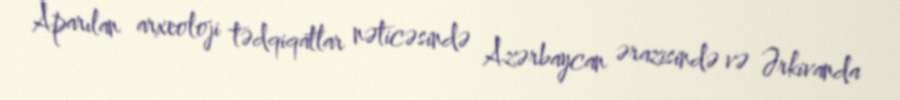
Aparılan arxeoloji tədqiqatlar nəticəsində Azərbaycan ərazisində və Ərkivanda